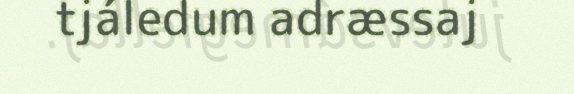
tjáledum adræssaj